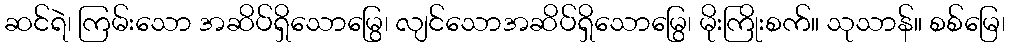
ဆင်ရဲ၊ ကြမ်းသော အဆိပ်ရှိသောမြွေ၊ လျင်သောအဆိပ်ရှိသောမြွေ၊ မိုးကြိုးစက်။ သုသာန်။ စစ်မြေ၊